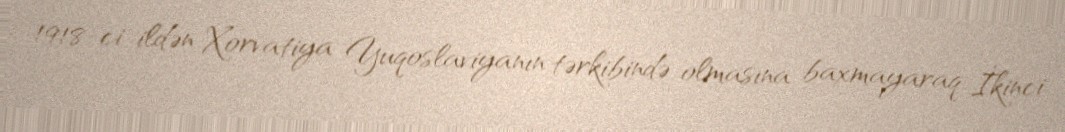
1918-ci ildən Xorvatiya Yuqoslaviyanın tərkibində olmasına baxmayaraq İkinci